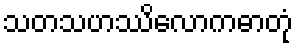
သတသဟဿိလောကဓာတုံ